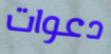
دعوات